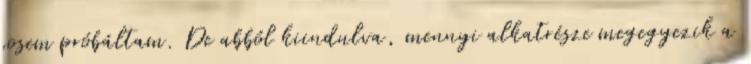
sosem próbáltam. De abból kiindulva, mennyi alkatrésze megegyezik a